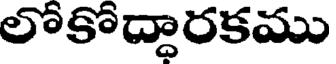
లోకోద్ధారకము